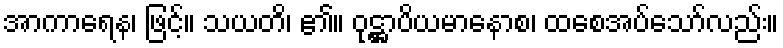
အာကာရေန၊ ဖြင့်။ သယတိ၊ ၏။ ဝုဋ္ဌာပိယမာနောစ၊ ထစေအပ်သော်လည်း။